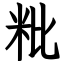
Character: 粃